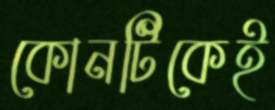
কোনটিকেই